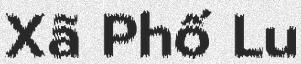
Xã Phố Lu